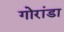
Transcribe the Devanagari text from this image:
गोरांडा